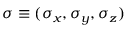
\boldsymbol { \sigma } \equiv ( \sigma _ { x } , \sigma _ { y } , \sigma _ { z } )